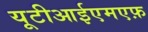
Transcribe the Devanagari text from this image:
यूटीआईएमएफ़